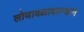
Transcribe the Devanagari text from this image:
लोणावळादरम्यान